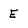
Character: E